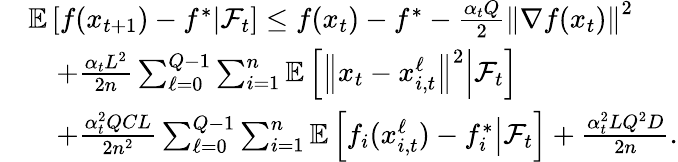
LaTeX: \begin{array}{rl}&{\mathbb{E}\left[f(x_{t+1})-f^{*}\middle|\mathcal{F}_{t}\right]\leq f(x_{t})-f^{*}-\frac{\alpha_{t}Q}{2}\left\Vert\nabla f(x_{t})\right\Vert^{2}}\\ &{\quad+\frac{\alpha_{t}L^{2}}{2n}\sum_{\ell=0}^{Q-1}\sum_{i=1}^{n}\mathbb{E}\left[\left\Vert x_{t}-x_{i,t}^{\ell}\right\Vert^{2}\middle|\mathcal{F}_{t}\right]}\\ &{\quad+\frac{\alpha_{t}^{2}QCL}{2n^{2}}\sum_{\ell=0}^{Q-1}\sum_{i=1}^{n}\mathbb{E}\left[f_{i}(x_{i,t}^{\ell})-f_{i}^{*}\middle|\mathcal{F}_{t}\right]+\frac{\alpha_{t}^{2}LQ^{2}D}{2n}.}\end{array}